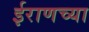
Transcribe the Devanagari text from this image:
ईराणच्या